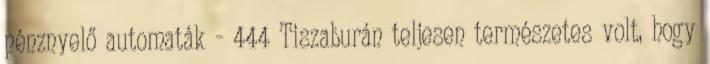
pénznyelő automaták - 444 Tiszaburán teljesen természetes volt, hogy